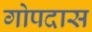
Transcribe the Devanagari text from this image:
गोपदास